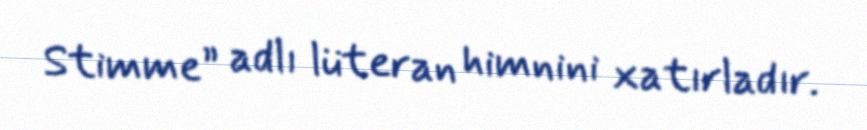
Stimme” adlı lüteran himnini xatırladır.